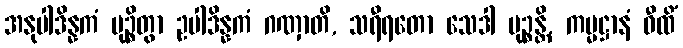
အနုပါဒိန္နကံ မုဉ္စိတွာ ဥပါဒိန္နကံ ဂဏှာတိ, သရီရတော သေဒါ မုဉ္စန္တိ, ကမ္မဋ္ဌာနံ ဝီထိံ